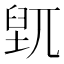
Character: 𱼮